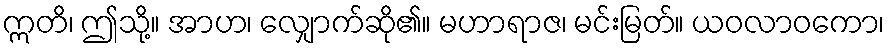
ဣတိ၊ ဤသို့။ အာဟ၊ လျှောက်ဆို၏။ မဟာရာဇ၊ မင်းမြတ်။ ယဝလာဝကော၊